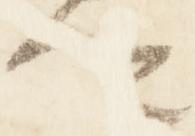
卿